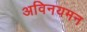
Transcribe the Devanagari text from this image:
अविनयमन